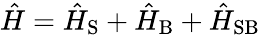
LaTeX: \hat{H}=\hat{H}_{\mathrm{S}}+\hat{H}_{\mathrm{B}}+\hat{H}_{\mathrm{SB}}